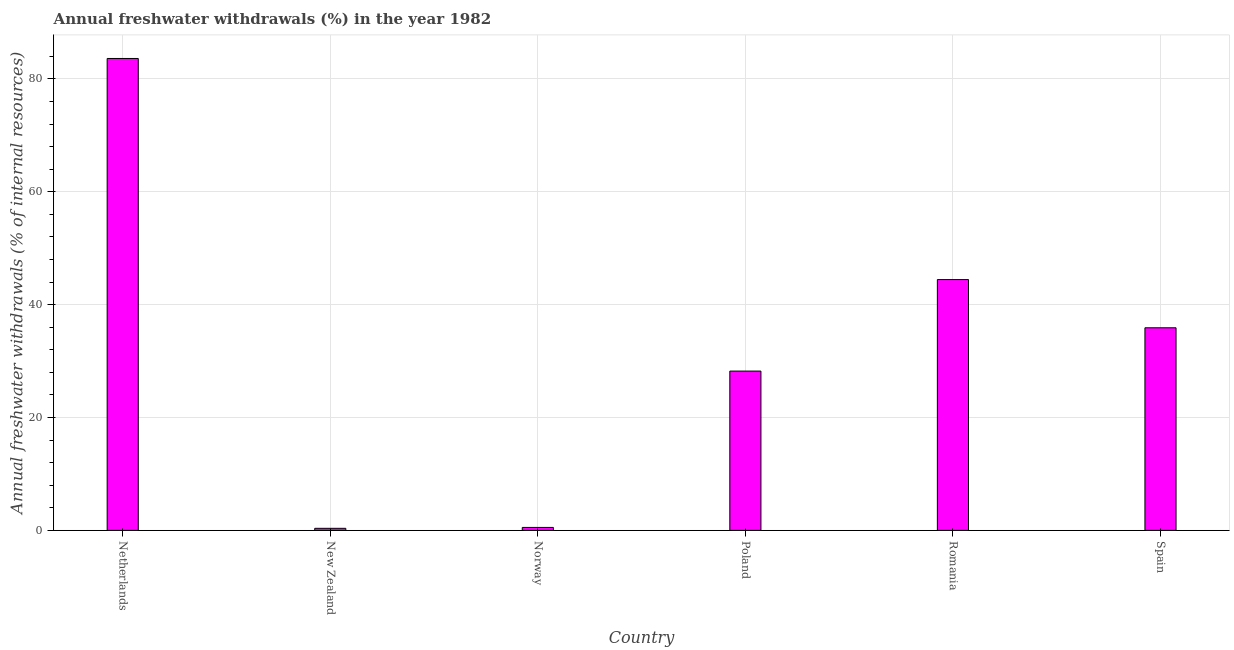
| Country | Annual freshwater withdrawals |
 | --- | --- |
 | Netherlands | 83.6 |
 | New Zealand | 0.367 |
 | Norway | 0.524 |
 | Poland | 28.2 |
 | Romania | 44.4 |
 | Spain | 35.9 |